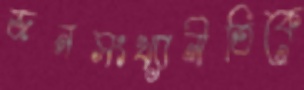
জনসংখ্যানীতিকে